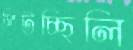
পিটচ্ছিলি